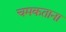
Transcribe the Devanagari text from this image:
चमकताना